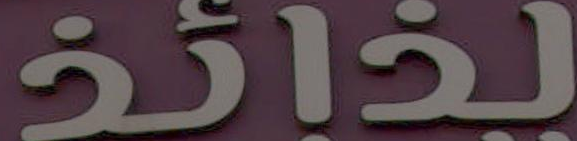
لذائذ